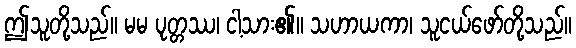
ဤသူတို့သည်။ မမ ပုတ္တဿ၊ ငါ့သား၏။ သဟာယကာ၊ သူငယ်ဖော်တို့သည်။